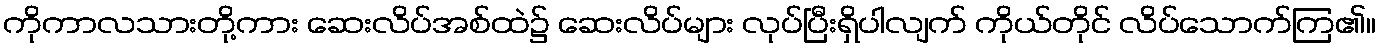
ကိုကာလသားတို့ကား ဆေးလိပ်အစ်ထဲ၌ ဆေးလိပ်များ လုပ်ပြီးရှိပါလျက် ကိုယ်တိုင် လိပ်သောက်ကြ၏။